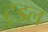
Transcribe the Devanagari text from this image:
टूडल